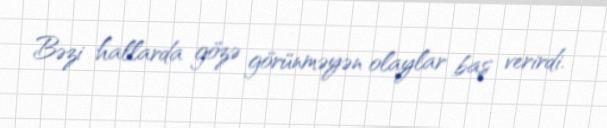
Bəzi hallarda gözə görünməyən olaylar baş verirdi.